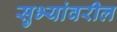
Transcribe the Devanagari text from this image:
सुभ्यांवरील